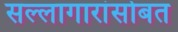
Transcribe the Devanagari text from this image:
सल्लागारांसोबत